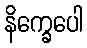
နိက္ခေပေါ